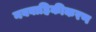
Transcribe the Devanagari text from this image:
नववाहिकीकरण